Vaccination in Bombay 1869-1873 - 1869-1873
Year: 1869
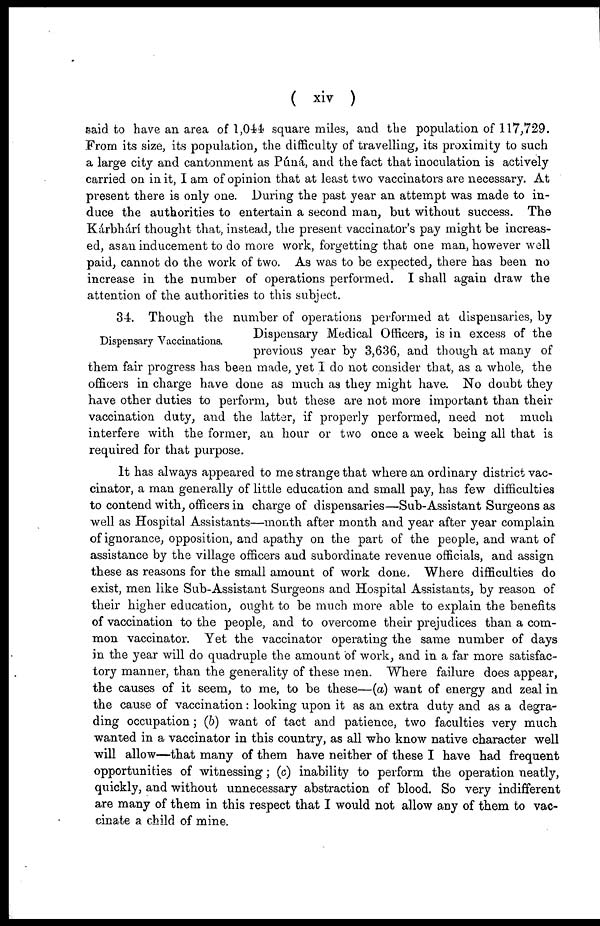
( xiv )
said to have an area of 1,044 square miles, and the population of 117,729.
From its size, its population, the difficulty of travelling, its proximity to such
a large city and cantonment as Púná, and the fact that inoculation is actively
carried on in it, I am of opinion that at least two vaccinators are necessary. At
present there is only one. During the past year an attempt was made to in-
duce the authorities to entertain a second man, but without success. The
Kárbhári thought that, instead, the present vaccinator's pay might be increas-
ed, as an inducement to do more work, forgetting that one man, however well
paid, cannot do the work of two. As was to be expected, there has been no
increase in the number of operations performed. I shall again draw the
attention of the authorities to this subject.
Dispensary Vaccinations.
34. Though the number of operations performed at dispensaries, by
Dispensary Medical Officers, is in excess of the
previous year by 3,636, and though at many of
them fair progress has been made, yet I do not consider that, as a whole, the
officers in charge have done as much as they might have. No doubt they
have other duties to perform, but these are not more important than their
vaccination duty, and the latter, if properly performed, need not much
interfere with the former, an hour or two once a week being all that is
required for that purpose.
It has always appeared to me strange that where an ordinary district vac-
cinator, a man generally of little education and small pay, has few difficulties
to contend with, officers in charge of dispensaries—Sub-Assistant Surgeons as
well as Hospital Assistants—month after month and year after year complain
of ignorance, opposition, and apathy on the part of the people, and want of
assistance by the village officers and subordinate revenue officials, and assign
these as reasons for the small amount of work done. Where difficulties do
exist, men like Sub-Assistant Surgeons and Hospital Assistants, by reason of
their higher education, ought to be much more able to explain the benefits
of vaccination to the people, and to overcome their prejudices than a com-
mon vaccinator. Yet the vaccinator operating the same number of days
in the year will do quadruple the amount of work, and in a far more satisfac-
tory manner, than the generality of these men. Where failure does appear,
the causes of it seem, to me, to be these—(a) want of energy and zeal in
the cause of vaccination: looking upon it as an extra duty and as a degra-
ding occupation; (b) want of tact and patience, two faculties very much
wanted in a vaccinator in this country, as all who know native character well
will allow—that many of them have neither of these I have had frequent
opportunities of witnessing; (c) inability to perform the operation neatly,
quickly, and without unnecessary abstraction of blood. So very indifferent
are many of them in this respect that I would not allow any of them to vac-
cinate a child of mine.